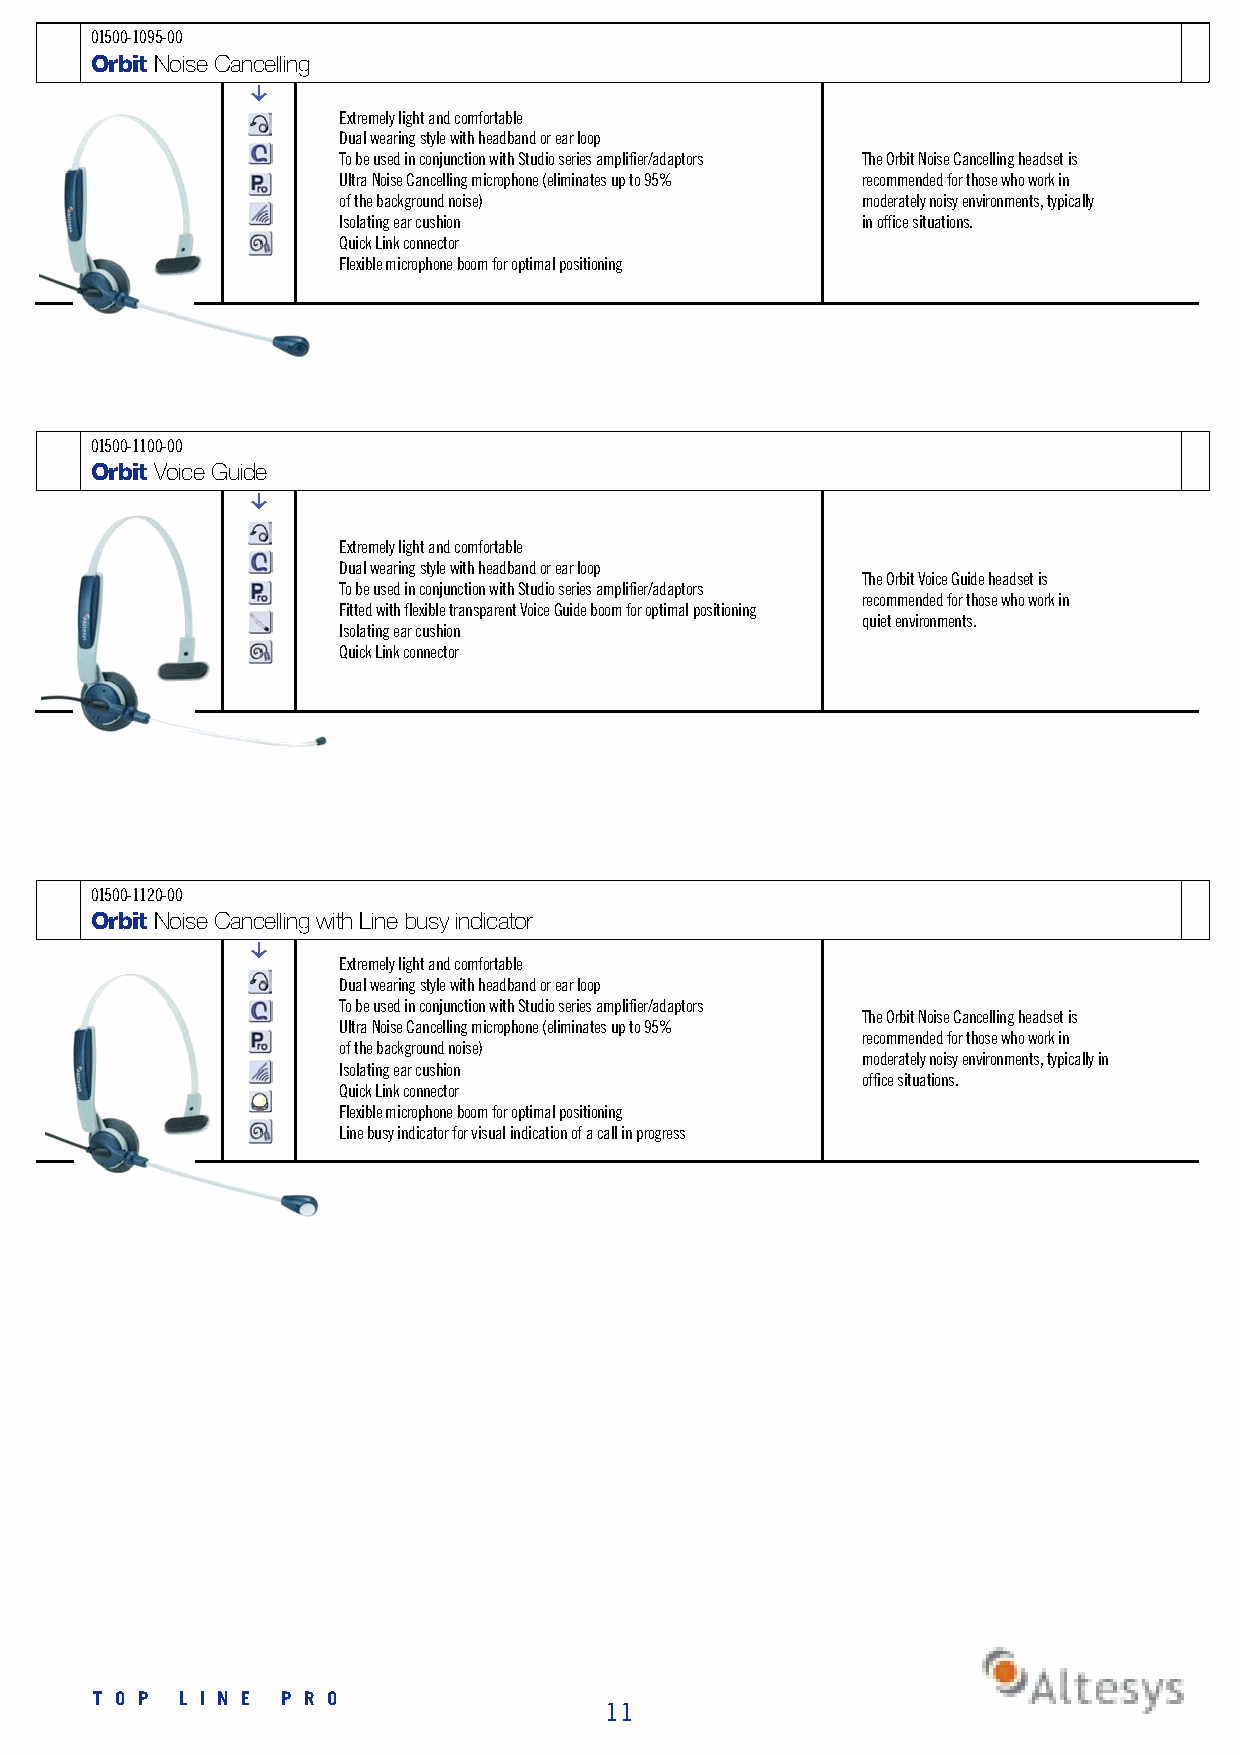
0 1 5 0 0 - 1 0 9 5 - 0 0
 Orbit Noise Cancelling
 g
 Extremely light and comfortable
 Dual wearing style with headband or ear loop
 To be used in conjunction with Studio series amplifier/adaptors The Orbit Noise Cancelling headset is
 Ultra Noise Cancelling microphone (eliminates up to 95% recommended for those who work in
 of the background noise)           moderately noisy environments, typically
 Isolating ear cushion              in office situations.
 Quick Link connector
 Flexible microphone boom for optimal positioning
 0 1 5 0 0 - 1 1 0 0 - 0 0
 Orbit Voice Guide
 g
 Extremely light and comfortable
 Dual wearing style with headband or ear loop
 The Orbit Voice Guide headset is
 To be used in conjunction with Studio series amplifier/adaptors
 recommended for those who work in
 Fitted with flexible transparent Voice Guide boom for optimal positioning
 quiet environments.
 Isolating ear cushion
 Quick Link connector
 0 1 5 0 0 - 1 1 2 0 - 0 0
 Orbit Noise Cancelling with Line busy indicator
 g
 Extremely light and comfortable
 Dual wearing style with headband or ear loop
 To be used in conjunction with Studio series amplifier/adaptors
 The Orbit Noise Cancelling headset is
 Ultra Noise Cancelling microphone (eliminates up to 95%
 recommended for those who work in
 of the background noise)
 moderately noisy environments, typically in
 Isolating ear cushion
 office situations.
 Quick Link connector
 Flexible microphone boom for optimal positioning
 Line busy indicator for visual indication of a call in progress
 T O P L I N E P R O
 11